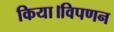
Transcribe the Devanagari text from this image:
किया।विपणन